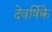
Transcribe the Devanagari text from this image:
देवर्षिके